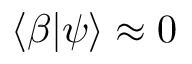
\langle \beta | \psi \rangle \approx 0